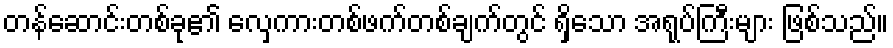
တန်ဆောင်းတစ်ခု၏ လှေကားတစ်ဖက်တစ်ချက်တွင် ရှိသော အရုပ်ကြီးများ ဖြစ်သည်။